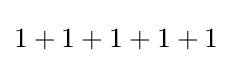
1+1+1+1+1